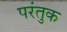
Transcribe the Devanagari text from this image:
परंतुक